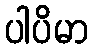
ပါပိမာ